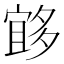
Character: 𱘨